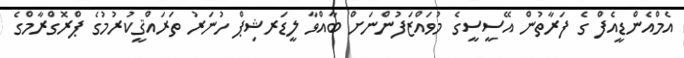
އެމްއެންޑީއެފް ގެ ފަރާތުން އޭސީސީގެ މުވައްޒަފުންނަށް ބާއްވާ ލީޑަރޝިޕް ހުނަރު ތަރައްޤީކުރުމުގެ ޕްރޮގްރާމްގެ